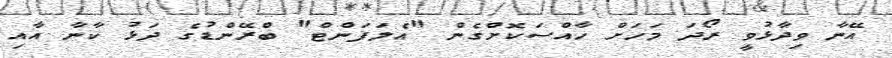
އޭނާ ވިދާޅުވީ ރޯދަ މަހަށް ހާއްސަކޮށްގެން "އެލަފަންޓް" ބްރޭންޑުގެ ދަޅު ކާނާ އާއި